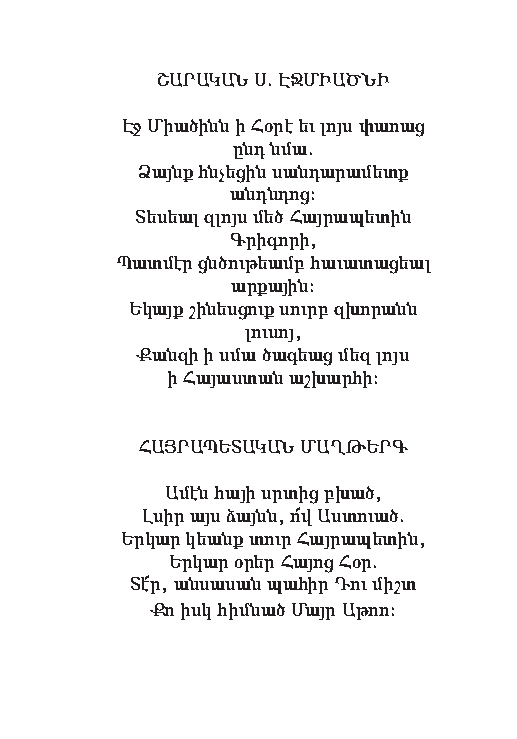
ՇԱՐԱԿԱՆ Ս. ԷՋՄԻԱԾՆԻ
 Էջ Միա ծինն ի Հօ րէ եւ լոյս փա ռաց
 ընդ նմա.
 Ձայնք հնչե ցին սան դա րա մետք
 անդն դոց:
 Տե սեալ զլոյս մեծ Հայ րա պե տին
 Գ րի գո րի,
 Պատ մէր ցնծու թեամբ հա ւա տա ցեալ
 ար քա յին:
 Ե կայք շի նես ցուք սուրբ զխո րանն
 լու սոյ,
 Քան զի ի սմա ծա գեաց մեզ լոյս
 ի Հա յաս տան աշ խար հի:
 ՀԱՅՐԱՊԵՏԱԿԱՆ ՄԱՂԹԵՐԳ
 Ա մէն հա յի սրտից բխած,
 Լ սիր այս ձայնն, ո՜վ Աստուած.
 Եր կար կեանք տուր Հայ րա պե տին,
 Եր կար օ րեր Հա յոց Հօր.
 Տէ՜ր, ան սա սան պա հիր Դու միշտ
 Քո իսկ հիմ նած Մայր Ա թոռ: